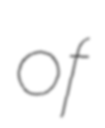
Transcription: of